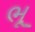
ભૂ